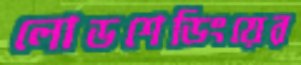
লোডশেডিংয়ের